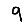
Digit: 9